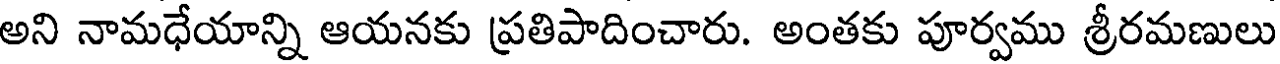
అని నామధేయాన్ని ఆయనకు ప్రతిపాదించారు. అంతకు పూర్వము శ్రీరమణులు